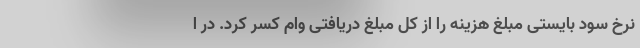
نرخ سود بایستی مبلغ هزینه را از کل مبلغ دریافتی وام کسر کرد. در ا